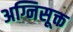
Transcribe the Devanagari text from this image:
अग्निसूक्त